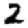
Digit: 2